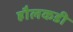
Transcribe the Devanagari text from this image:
हौलकडी